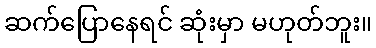
ဆက်ပြောနေရင် ဆုံးမှာ မဟုတ်ဘူး။